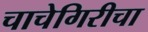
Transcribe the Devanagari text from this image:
चाचेगिरीचा